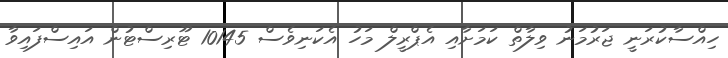
ހިއްސާކުރަނީ ޖަރުމަނު ވިލާތް ކަމަށާއި އެޕްރީލް މަހު އެކަނިވެސް 10145 ޓޫރިސްޓުން އައިސްފައިވާ